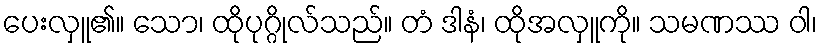
ပေးလှူ၏။ သော၊ ထိုပုဂ္ဂိုလ်သည်။ တံ ဒါနံ၊ ထိုအလှူကို။ သမဏဿ ဝါ၊